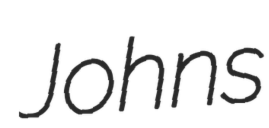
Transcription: Johns